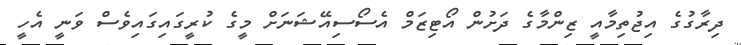
ދިރާގުގެ އިޖުތިމާއީ ޒިންމާގެ ދަށުން އޯޓިޒަމް އެސޯސިއޭޝަނަށް މީގެ ކުރީގައިގައިވެސް ވަނީ އެހީ